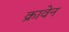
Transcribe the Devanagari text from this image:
क्रावेन